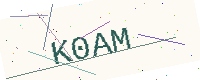
Text: K0AM